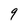
Character: 9